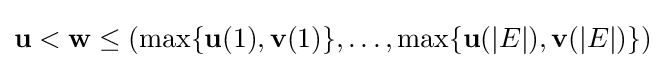
{\textbf {u}}<{\textbf {w}}\leq (\max\{{\textbf {u}}(1),{\textbf {v}}(1)\},\dots ,\max\{{\textbf {u}}({|E|}),{\textbf {v}}({|E|})\})